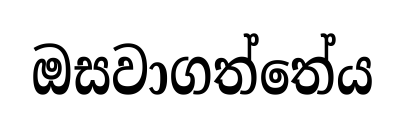
ඔසවාගත්තේය